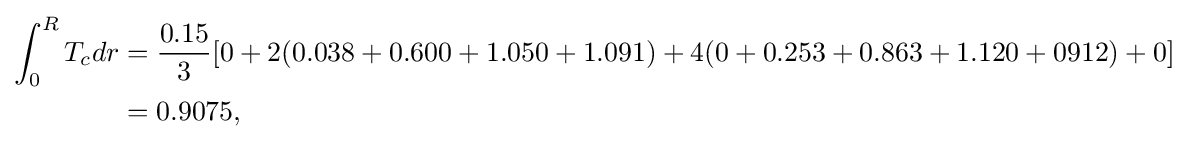
{\begin{aligned}\int _{0}^{R}T_{c}dr&={\frac {0.15}{3}}[0+2(0.038+0.600+1.050+1.091)+4(0+0.253+0.863+1.120+0912)+0]\\&=0.9075,\end{aligned}}